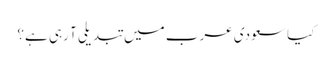
کیا سعودی عرب میں تبدیلی آ رہی ہے؟